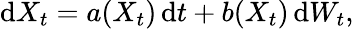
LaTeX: \mathrm{d}X_{t}=a(X_{t})\, \mathrm{d}t+b(X_{t})\, \mathrm{d}W_{t},